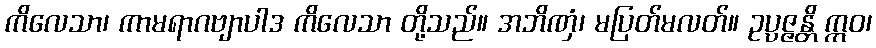
ကိလေသာ၊ ကာမရာဂဗျာပါဒ ကိလေသာ တို့သည်။ အဘိဏှံ၊ မပြတ်မလတ်။ ဥပ္ပဇ္ဇန္တိ ဣဝ၊